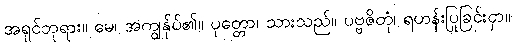
အရှင်ဘုရား။ မေ၊ အကျွန်ုပ်၏။ ပုတ္တော၊ သားသည်။ ပဗ္ဗဇိတုံ၊ ရဟန်းပြုခြင်းငှာ။